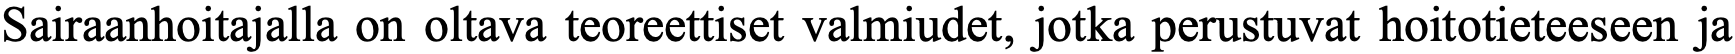
Sairaanhoitajalla on oltava teoreettiset valmiudet, jotka perustuvat hoitotieteeseen ja